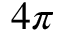
4 \pi